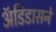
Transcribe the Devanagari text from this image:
अॅडिडासने